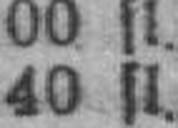
40 fl.